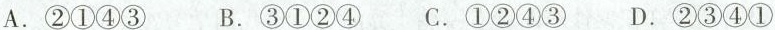
A.②①④③ B.③①②④ C.①②④③ D.②③④①